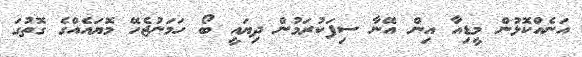
އަނެއްކޮޅުން މީޑިއާ އިން އޭނާ ސިފަކުރަމުން ދިޔައީ ބޯ ހަމަނުޖެހޭ މޮޔައެއްގެ ގޮތުގަ